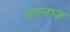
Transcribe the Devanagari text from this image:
एरनाड